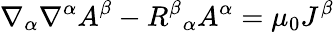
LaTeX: \nabla_{\alpha}\nabla^{\alpha}A^{\beta}-R^{\beta}{}_{\alpha}A^{\alpha}=\mu_{0}J^{\beta}